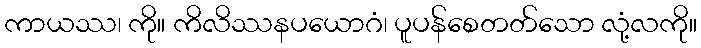
ကာယဿ၊ ကို။ ကိလိဿနပယောဂံ၊ ပူပန်စေတတ်သော လုံ့လကို။